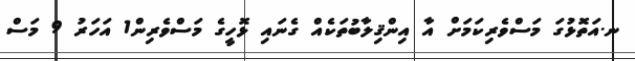
ނ.އަތޮޅުގަ މަސްވެރިކަމަށް އާ އިންޤިލާބުތަކެއް ގެނައި ޅޮހީގެ މަސްވެރިން1 އަހަރު 9 މަސް